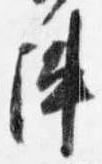
陣